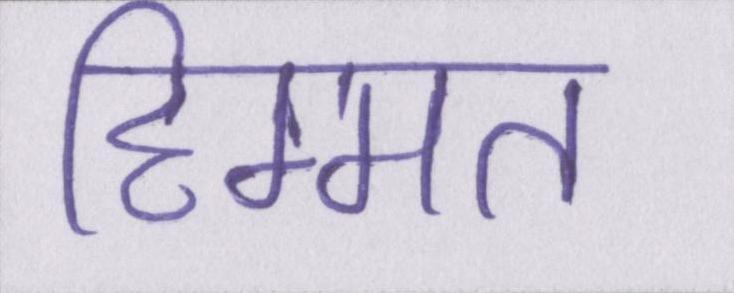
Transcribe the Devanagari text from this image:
हिम्मत